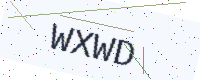
Text: WXWD